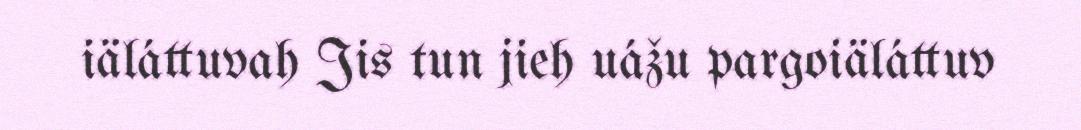
iäláttuvah Jis tun jieh uážu pargoiäláttuv